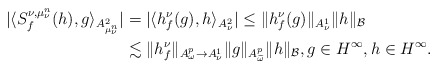
\begin{align*}|\langle S^{\nu,\mu^{n}_{\nu}}_{f}(h),g\rangle_{A^{2}_{\mu^{n}_{\nu}}}|&=|\langle h_{f}^{\nu}(g),h\rangle_{A^{2}_{\nu}}|\le\|h_{f}^{\nu}(g)\|_{A^{1}_{\nu}}\|h\|_{\mathcal{B}}\\&\lesssim\|h_{f}^{\nu}\|_{A^{p}_{\omega}\to A^{1}_{\nu}}\|g\|_{A^{p}_{\widetilde{\omega}}}\|h\|_{\mathcal{B}}, g\in H^\infty,h\in H^\infty.\end{align*}